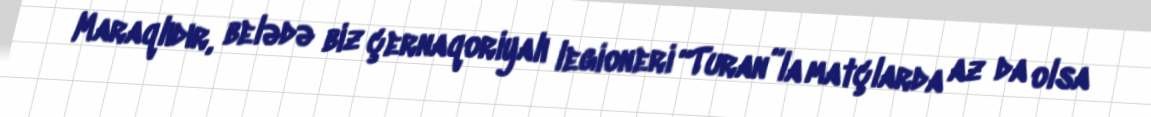
Maraqlıdır, belədə biz çernaqoriyalı legioneri “Turan”la matçlarda az da olsa